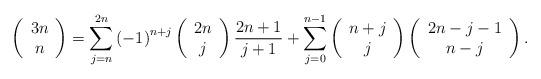
LaTeX: \begin{align*}\left( \begin{array}{c}3n \\ n\end{array}\right) =\sum_{j=n}^{2n}\left( -1\right) ^{n+j}\left( \begin{array}{c}2n \\ j\end{array}\right) \frac{2n+1}{j+1}+\sum_{j=0}^{n-1}\left( \begin{array}{c}n+j \\ j\end{array}\right) \left( \begin{array}{c}2n-j-1 \\ n-j\end{array}\right) .\end{align*}